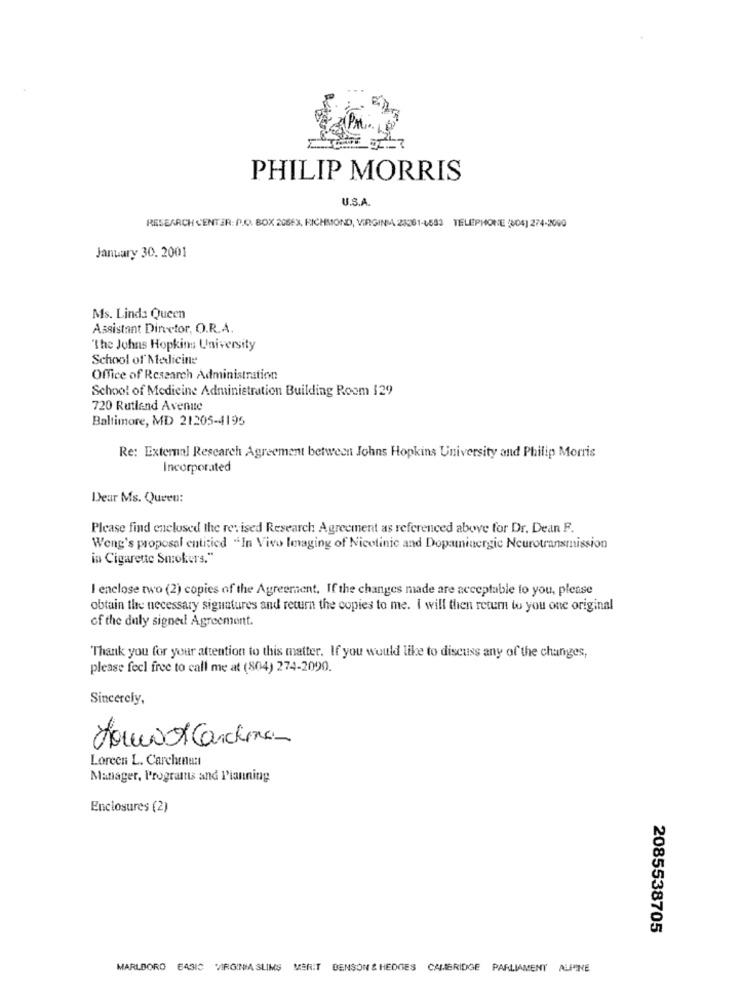
PHILIP MORRIS
U.S.A.
RESEARCH CENTER: P.O. BOX 20863, RICHMOND, VIRGIN 23281-4532 TELEPHONE (04) 274-2090
January 30. 2001
Ms. Linda Queen
Assistant Director, O.R.A.
"The Johns Hopkins University
School of Medicine
Office of Research Administration
School of Medicine Administration Building Room 129
720 Rutland Avenue
Baltimore, MD 21205-4195
Re: External Research Agreement between Johns Hopkins University and Philip Morris
Incorporated
Dear Ms. Queeu:
Please find enclosed the revised Research Agreement as referenced above for Dr. Dean F.
Weng's proposal entitied "In Vivo Imaging of Nicotinic and Dopaminergic Neurotransmission
in Cigarette Smokers."
I enclose two (2) copies of the Agreement. If the changes made are acceptable to you, please
obtain the necessary signatures and return the copies to me. I will then return to you one original
of the duly signed Agreement.
Thank you for your attention to this matter. If you would like to discuss any of the changes,
please feel free to call me at (804) 274-2090.
Sincerely,
howvox Carchuna-
Loreen L. Carchena:
Manager, Programs and Pianning
Enclosures (2)
2085538705
MARLBORO 64310 VIRGINIA SLIMS MERIT DENSON & HEDGES CAMBRIDGE PARLIAMENT ALPINE